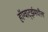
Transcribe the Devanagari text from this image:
हॉग्वार्ट्झमधील